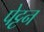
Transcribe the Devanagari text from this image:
पेट्टन